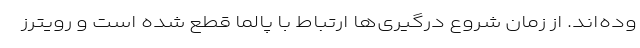
وده‌اند. از زمان شروع درگیری‌ها ارتباط با پالما قطع شده است و رویترز